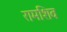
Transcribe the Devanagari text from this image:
रामशिव